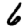
Digit: 6